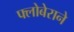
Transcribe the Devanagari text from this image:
फ्लोबेराने